Vaccination in Bombay 1863-1868 - 1863-1868
Year: 1863
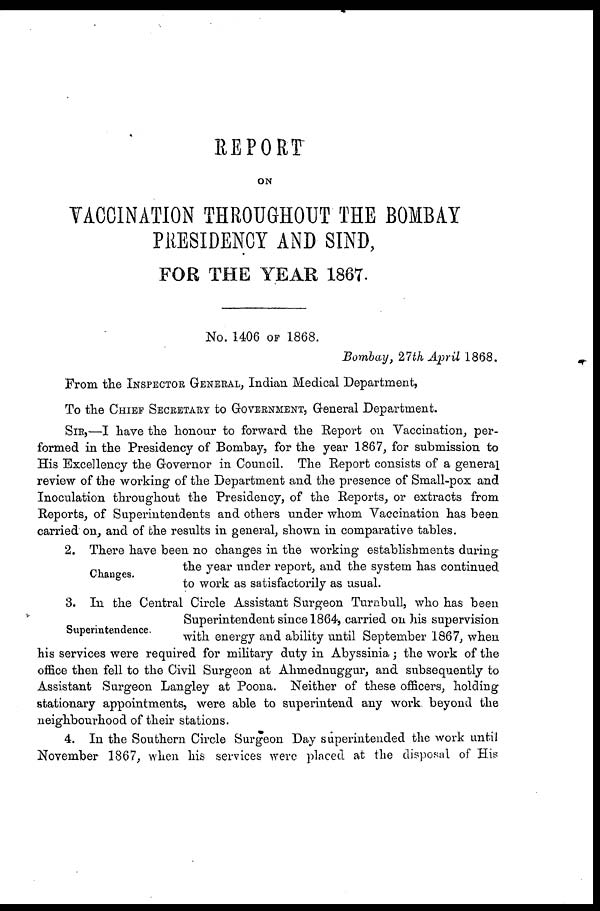
REPORT
ON
VACCINATION THROUGHOUT THE BOMBAY
PRESIDENCY AND SIND,
FOR THE YEAR 1867.
No. 1406 OF 1868.
Bombay, 27th April 1868.
From the INSPECTOR GENERAL, Indian Medical Department,
To the CHIEF SECRETARY to GOVERNMENT, General Department.
SIR,—I have the honour to forward the Report on Vaccination, per-
formed in the Presidency of Bombay, for the year 1867, for submission to
His Excellency the Governor in Council. The Report consists of a general
review of the working of the Department and the presence of Small-pox and
Inoculation throughout the Presidency, of the Reports, or extracts from
Reports, of Superintendents and others under whom Vaccination has been
carried on, and of the results in general, shown in comparative tables.
Changes.
2. There have been no changes in the working establishments during
the year under report, and the system has continued
to work as satisfactorily as usual.
Superintendence.
3. In the Central Circle Assistant Surgeon Turnbull, who has been
Superintendent since 1864, carried on his supervision
with energy and ability until September 1867, when
his services were required for military duty in Abyssinia; the work of the
office then fell to the Civil Surgeon at Ahmednuggur, and subsequently to
Assistant Surgeon Langley at Poona. Neither of these officers, holding
stationary appointments, were able to superintend any work beyond the
neighbourhood of their stations.
4. In the Southern Circle Surgeon Day superintended the work until
November 1867, when his services were placed at the disposal of His